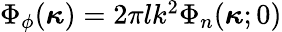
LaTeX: \begin{array}{r}{\Phi_{\phi}(\boldsymbol{\kappa})=2\pi lk^{2}\Phi_{n}(\boldsymbol{\kappa};0)}\end{array}